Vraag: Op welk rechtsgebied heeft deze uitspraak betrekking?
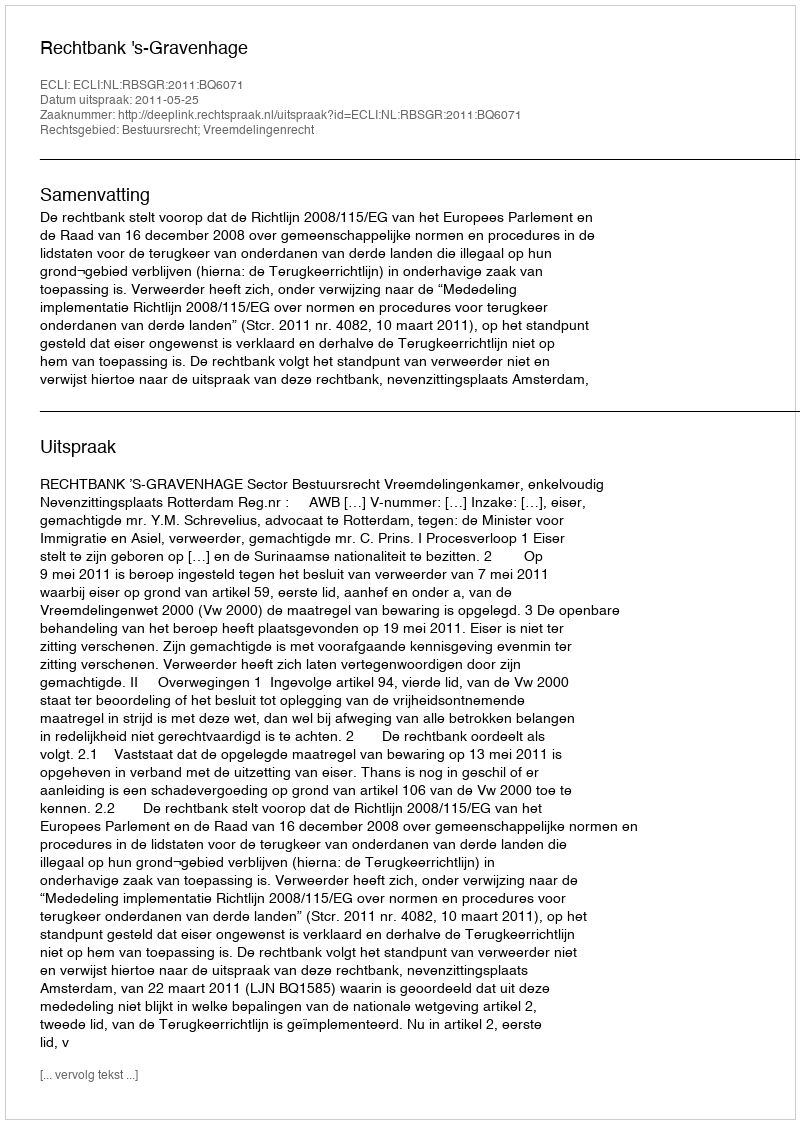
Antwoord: Bestuursrecht; Vreemdelingenrecht